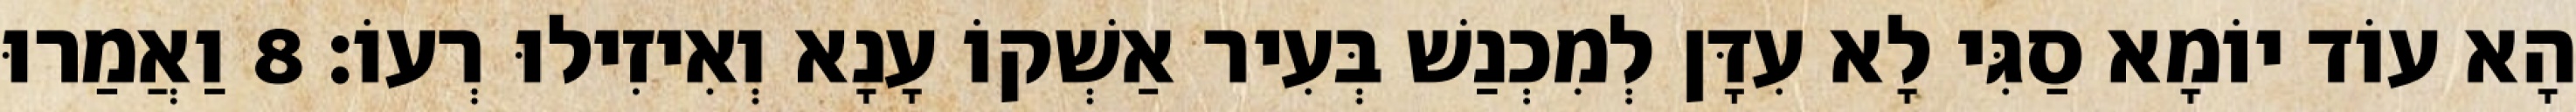
הָא עוֹד יוֹמָא סַגִּי לָא עִדָּן לְמִכְנַשׁ בְּעִיר אַשְׁקוֹ עָנָא וְאִיזִילוּ רְעוֹ׃ 8 וַאֲמַרוּ